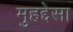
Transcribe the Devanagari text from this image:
मुहद्देसा